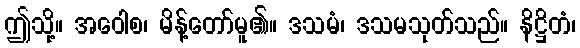
ဤသို့။ အဝေါစ၊ မိန့်တော်မူ၏။ ဒသမံ၊ ဒသမသုတ်သည်။ နိဋ္ဌိတံ၊